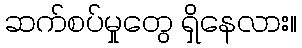
ဆက်စပ်မှုတွေ ရှိနေလား။